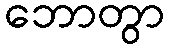
ဘောတွာ